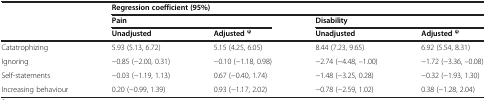
<table><thead><tr><td><b> </b></td><td colspan="4"><b>Regression coefficient (95%)</b></td></tr><tr><td><b> </b></td><td colspan="2"><b>Pain</b></td><td colspan="2"><b>Disability</b></td></tr><tr><td><b> </b></td><td><b>Unadjusted</b></td><td><b>Adjusted <sup>ψ</sup></b></td><td><b>Unadjusted</b></td><td><b>Adjusted <sup>ψ</sup></b></td></tr></thead><tbody><tr><td>Catatrophizing</td><td>5.93 (5.13, 6.72)</td><td>5.15 (4.25, 6.05)</td><td>8.44 (7.23, 9.65)</td><td>6.92 (5.54, 8.31)</td></tr><tr><td>Ignoring</td><td>−0.85 (−2.00, 0.31)</td><td>−0.10 (−1.18, 0.98)</td><td>−2.74 (−4.48, –1.00)</td><td>−1.72 (−3.36, –0.08)</td></tr><tr><td>Self-statements</td><td>−0.03 (−1.19, 1.13)</td><td>0.67 (−0.40, 1.74)</td><td>−1.48 (−3.25, 0.28)</td><td>−0.32 (−1.93, 1.30)</td></tr><tr><td>Increasing behaviour</td><td>0.20 (−0.99, 1.39)</td><td>0.93 (−1.17, 2.02)</td><td>−0.78 (−2.59, 1.02)</td><td>0.38 (−1.28, 2.04)</td></tr></tbody></table>